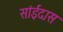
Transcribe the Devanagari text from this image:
सांईदास